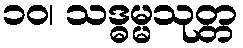
၁၀၊ သဒ္ဓမ္မသုတ္တ